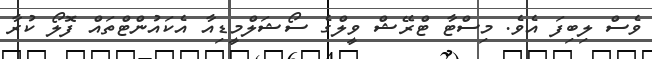
ވެސް ލިބިފަ އެވެ. މިސްޓާ ޓްރޭޝް ވީލްގެ ސޯޝަލްމީޑިއާ އެކައުންޓްތައް ފޮލޯ ކުރާ